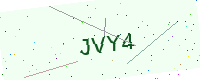
Text: JVY4